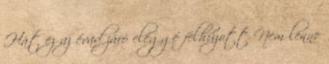
Hát ez az évad záró eléggé felhúzott Nem lenne